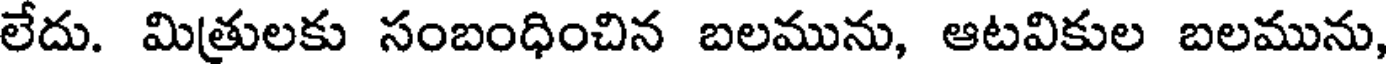
లేదు. మిత్రులకు సంబంధించిన బలమును, ఆటవికుల బలమును,